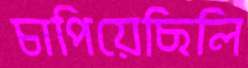
চাপিয়েছিলি